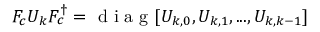
F _ { c } U _ { k } F _ { c } ^ { \dagger } = \mathrm { ~ d ~ i ~ a ~ g ~ } [ U _ { k , 0 } , U _ { k , 1 } , . . . , U _ { k , k - 1 } ]